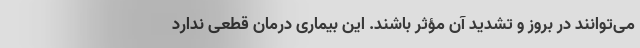
می‌توانند در بروز و تشدید آن مؤثر باشند. این بیماری درمان قطعی ندارد